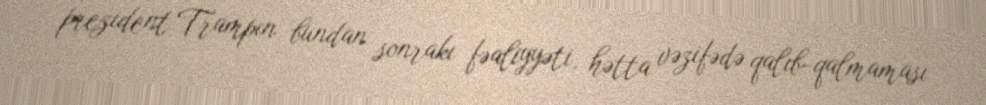
prezident Trampın bundan sonrakı fəaliyyəti, hətta vəzifədə qalıb-qalmaması